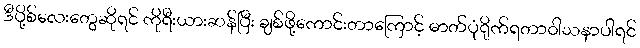
ဒီပို့စ်လေးတွေဆိုရင် ကိုရီးယားဆန်ပြီး ချစ်ဖို့ကောင်းတာကြောင့် ဓာတ်ပုံရိုက်ရတာဝါသနာပါရင်